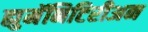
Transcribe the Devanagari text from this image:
ह्युमॅनिटिरीअन